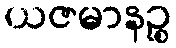
ယဇမာနဉ္စ